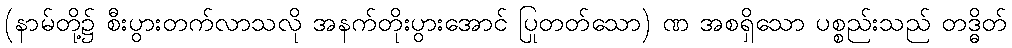
(နာမ်တို့၌ စီးပွားတက်လာသလို အနက်တိုးပွားအောင် ပြုတတ်သော) ဏ အစရှိသော ပစ္စည်းသည် တဒ္ဓိတ်